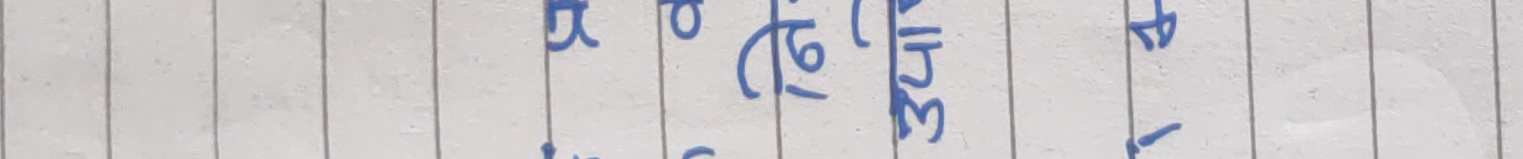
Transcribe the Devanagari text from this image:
खु (६) ओ (३) ३.५
प़े